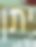
יתן